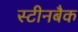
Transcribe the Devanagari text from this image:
स्टीनबैक